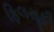
ફિલસૂફી